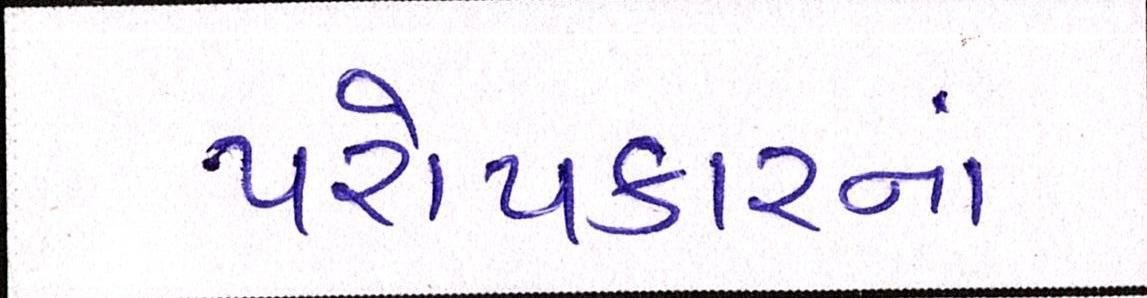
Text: પરોપકારનાં